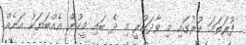
ފުރަތަމަ ބުރުގައި މި ވާދަކުރީ މި ދެ ބައި މީހުން އެއްބަޔަކު އަނެއް